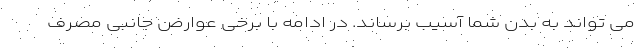
می تواند به بدن شما آسیب برساند. در ادامه با برخی عوارض جانبی مصرف